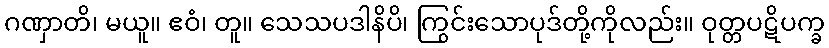
ဂဏှာတိ၊ မယူ။ ဧဝံ၊ တူ။ သေသပဒါနိပိ၊ ကြွင်းသောပုဒ်တို့ကိုလည်း။ ဝုတ္တပဋိပက္ခ